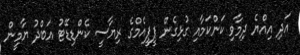
އަދި އިއްޔެ ދިމާވި ކަންކަމާއި ގުޅިގެން ޕީޕީއެމްގެ ރިޔާސީ ކެންޑިޑޭޓު އަބްދު ޔާމީން